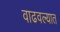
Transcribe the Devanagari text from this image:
वाढवल्यात